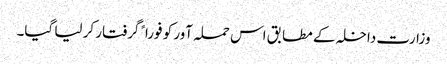
وزارت داخلہ کے مطابق اس حملہ آور کو فوراﹰ گرفتار کر لیا گیا۔